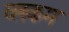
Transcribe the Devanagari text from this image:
व्लकम